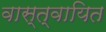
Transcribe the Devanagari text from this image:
वास्त्वायित